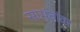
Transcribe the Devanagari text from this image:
सामंतांवर